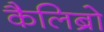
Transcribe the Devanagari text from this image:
कैलिब्रो